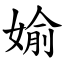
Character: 媮